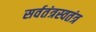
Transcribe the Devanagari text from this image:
सर्वतंत्रस्वतंत्र